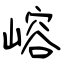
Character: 嵱